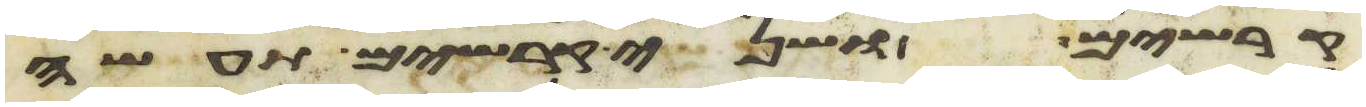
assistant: קרשים ושני קרשים תעשה